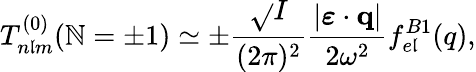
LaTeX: T_{n\mathfrak{l}m}^{(0)}(\mathbb{N}=\pm1)\simeq\pm\frac{{\sqrt{}{{I}}}}{{(2\pi)^{2}}}\frac{{|\boldsymbol{\varepsilon}\cdot{\mathbf{{q}}}|}}{{2\omega^{2}}}f_{e\mathfrak{l}}^{B1}(q),